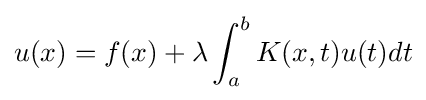
u(x)=f(x)+\lambda \int _{a}^{b}K(x,t)u(t)dt